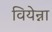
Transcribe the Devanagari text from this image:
वियेन्ना